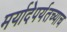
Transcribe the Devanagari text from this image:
मर्यादेपर्यतच्याच